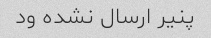
پنیر ارسال نشده ود